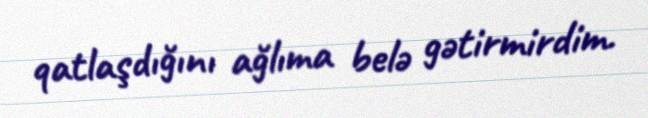
qatlaşdığını ağlıma belə gətirmirdim.